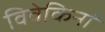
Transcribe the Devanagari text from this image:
विवेकिनां